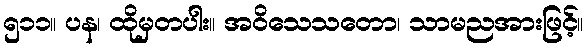
၅၁၁။ ပန၊ ထိုမှတပါး။ အဝိသေသတော၊ သာမညအားဖြင့်။